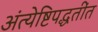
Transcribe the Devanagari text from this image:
अंत्येष्टिपद्धतींत